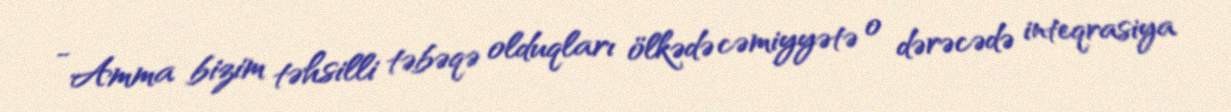
- Amma bizim təhsilli təbəqə olduqları ölkədə cəmiyyətə o dərəcədə inteqrasiya